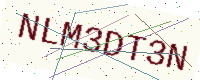
Text: NLM3DT3N